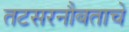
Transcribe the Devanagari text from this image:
तटसरनौबताचे